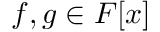
f , g \in F [ x ]